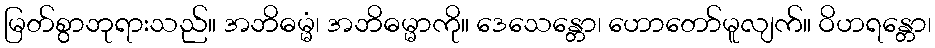
မြတ်စွာဘုရားသည်။ အဘိဓမ္မံ၊ အဘိဓမ္မာကို။ ဒေသေန္တော၊ ဟောတော်မူလျက်။ ဝိဟရန္တော၊